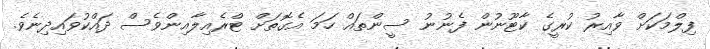
ފިލްމަކަށް ވާއިރު ކުރީގެ ކާޓޫނުން ފެނުނު ސީންތައް ހަމަ އެގޮތަށް ޓްރެއިލާއިންވެސް ދައްކުވައިދިނެވެ.